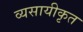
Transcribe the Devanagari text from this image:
व्यसायीकृत